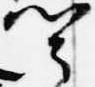
聞